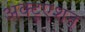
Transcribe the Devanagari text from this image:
अक्टूएशन